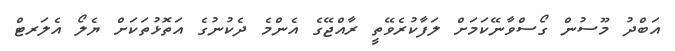
އަބްދު މޫސުން ގޯސްވާނޭކަމަށް ލަފާކުރެވޭތީ ރާއްޖޭގެ އެންމެ ދެކުނުގެ އަތޮޅުތަކަށް ޔެލޯ އެލަރޓް